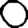
Digit: 0